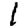
Digit: 1